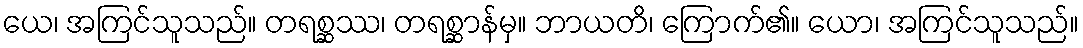
ယေ၊ အကြင်သူသည်။ တရစ္ဆဿ၊ တရစ္ဆာန်မှ။ ဘာယတိ၊ ကြောက်၏။ ယော၊ အကြင်သူသည်။